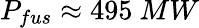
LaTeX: P_{fus}\approx 495~MW